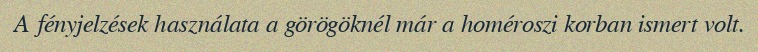
A fényjelzések használata a görögöknél már a homéroszi korban ismert volt.